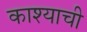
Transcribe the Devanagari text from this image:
काश्याची